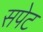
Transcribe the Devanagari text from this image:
सपेट